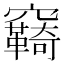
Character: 𮄤